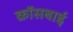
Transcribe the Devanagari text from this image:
क्रॉसबाई